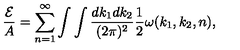
{ \frac { \cal E } { A } } = \sum _ { n = 1 } ^ { \infty } \int \int { \frac { d k _ { 1 } d k _ { 2 } } { ( 2 \pi ) ^ { 2 } } } { \frac { 1 } { 2 } } \omega ( k _ { 1 } , k _ { 2 } , n ) ,